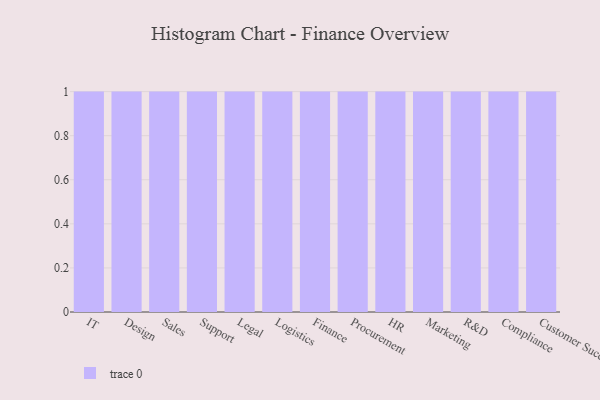
{"axis": {"x": "Department", "y": "Budget (USD K)"}, "legend": [""], "data": [{"x": "IT", "y": 27, "type": ""}, {"x": "Design", "y": 85, "type": ""}, {"x": "Sales", "y": 60, "type": ""}, {"x": "Support", "y": 26, "type": ""}, {"x": "Legal", "y": 97, "type": ""}, {"x": "Logistics", "y": 96, "type": ""}, {"x": "Finance", "y": 10, "type": ""}, {"x": "Procurement", "y": 67, "type": ""}, {"x": "HR", "y": 84, "type": ""}, {"x": "Marketing", "y": 13, "type": ""}, {"x": "R&D", "y": 90, "type": ""}, {"x": "Compliance", "y": 90, "type": ""}, {"x": "Customer Success", "y": 22, "type": ""}]}